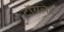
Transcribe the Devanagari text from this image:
टाॅयलेट